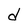
Character: d